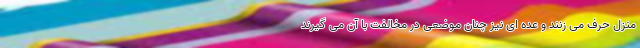
منزل حرف می زنند و عده ای نیز چنان موضعی در مخالفت با آن می گیرند